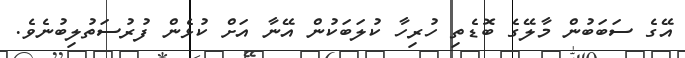
އޭގެ ސަބަބުން މާލޭގެ ބޮޑެތި ހުރިހާ ކުލަބަކުން އޭނާ އަށް ކުޅެން ފުރުސަތުލިބުނެވެ.